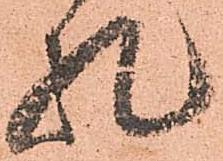
礼